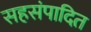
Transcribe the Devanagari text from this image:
सहसंपादित